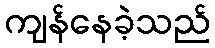
ကျန်နေခဲ့သည်